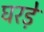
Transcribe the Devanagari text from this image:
घरड़े